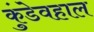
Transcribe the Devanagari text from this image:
कुंडेवहाल